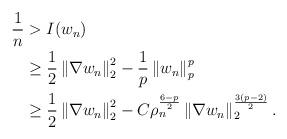
LaTeX: \begin{align*}\frac{1}{n}&>I(w_{n})\\&\ge\frac{1}{2}\left\|\nabla w_{n}\right\|_{2}^{2}-\frac{1}{p}\left\|w_{n}\right\|_{p}^{p}\\&\ge\frac{1}{2}\left\|\nabla w_{n}\right\|_{2}^{2}-C\rho_{n}^{\frac{6-p}{2}}\left\|\nabla w_{n}\right\|_{2}^{\frac{3(p-2)}{2}}.\end{align*}